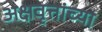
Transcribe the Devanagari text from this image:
अक्षवृत्तांच्या